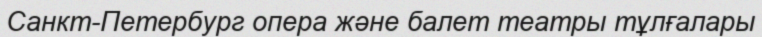
Санкт-Петербург опера және балет театры тұлғалары